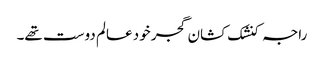
راجہ کنشک کشان گجر خود عالم دوست تھے۔